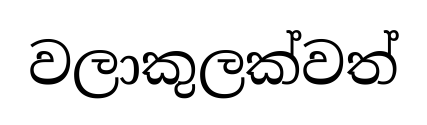
වලාකුලක්වත්